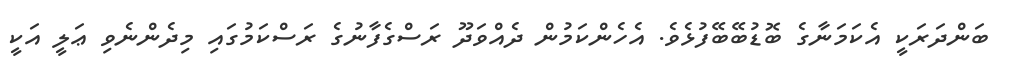
ބަންދަރަކީ އެކަމަނާގެ ބޮޑުބޭބޭފުޅެވެ. އެހެންކަމުން ދެއްވަދޫ ރަސްގެފާނުގެ ރަސްކަމުގައި މިދެންނެވި ޢަލީ އަކީ